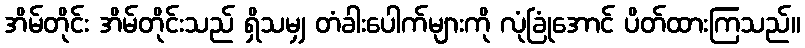
အိမ်တိုင်း အိမ်တိုင်းသည် ရှိသမျှ တံခါးပေါက်များကို လုံခြုံအောင် ပိတ်ထားကြသည်။